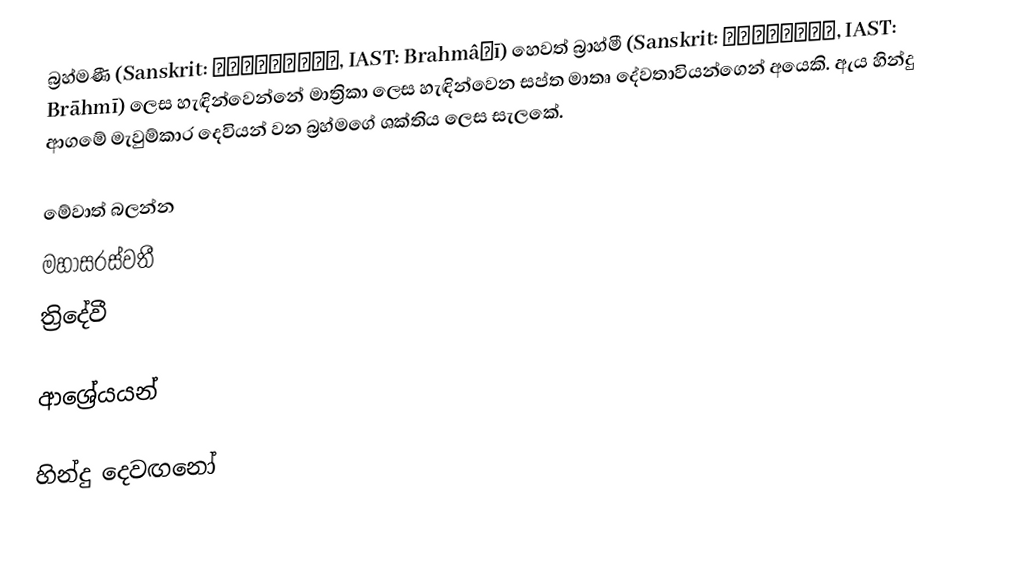
බ්‍රහ්මණී (Sanskrit: ब्रह्माणी, IAST: Brahmâṇī) හෙවත් බ්‍රාහ්මී (Sanskrit: ब्राह्मि, IAST: Brāhmī) ලෙස හැඳින්වෙන්නේ මාත්‍රිකා ලෙස හැඳින්වෙන සප්ත මාතෘ දේවතාවියන්ගෙන් අයෙකි. ඇය හින්දු ආගමේ මැවුම්කාර දෙවියන් වන බ්‍රහ්මගේ ශක්තිය ලෙස සැලකේ.

මේවාත් බලන්න
 මහාසරස්වතී
 ත්‍රිදේවී

ආශ්‍රේයයන්

හින්දු දෙවඟනෝ